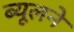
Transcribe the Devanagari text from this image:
ब्यूलने